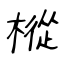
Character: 樅